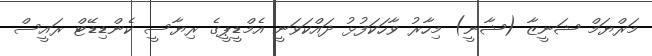
މަރްޔަމް ޝަނީޒާ (ޝާނީ) މިހާރު ވާހަކަފުޅު ދައްކަވަނީ އެމްޑީޕީގެ ރިޔާސީ ކެންޑިޑޭޓް ރައީސް